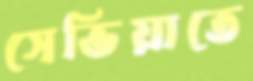
সেভিয়াতে